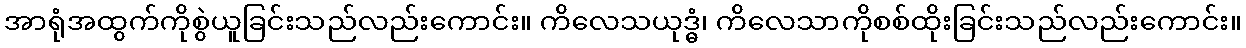
အာရုံအထွက်ကိုစွဲယူခြင်းသည်လည်းကောင်း။ ကိလေသယုဒ္ဓံ၊ ကိလေသာကိုစစ်ထိုးခြင်းသည်လည်းကောင်း။